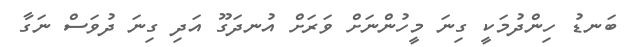
ބަނޑު ހިންދުމަކީ ގިނަ މީހުންނަށް ވަރަށް އުނދަގޫ އަދި ގިނަ ދުވަސް ނަގާ